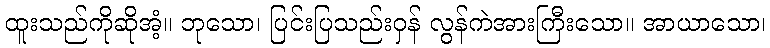
ထူးသည်ကိုဆိုအံ့။ ဘုသော၊ ပြင်းပြသည်းဝှန် လွန်ကဲအားကြီးသော။ အာယာသော၊